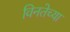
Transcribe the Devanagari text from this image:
विनतेच्या